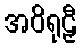
အဝိရုဠှီ